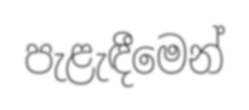
පැළැඳීමෙන්